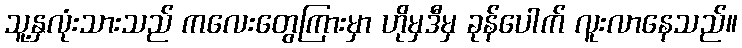
သူ့နှလုံးသားသည် ကလေးတွေကြားမှာ ဟိုမှဒီမှ ခုန်ပေါက် လူးလာနေသည်။